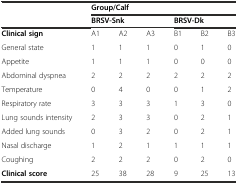
<table><thead><tr><td></td><td colspan="6"><b>Group/Calf</b></td></tr><tr><td></td><td colspan="3"><b>BRSV-Snk</b></td><td colspan="3"><b>BRSV-Dk</b></td></tr></thead><tbody><tr><td><b>Clinical sign</b></td><td>A1</td><td>A2</td><td>A3</td><td>B1</td><td>B2</td><td>B3</td></tr><tr><td>General state</td><td>1</td><td>1</td><td>1</td><td>0</td><td>1</td><td>0</td></tr><tr><td>Appetite</td><td>1</td><td>1</td><td>1</td><td>0</td><td>0</td><td>0</td></tr><tr><td>Abdominal dyspnea</td><td>2</td><td>2</td><td>2</td><td>2</td><td>2</td><td>2</td></tr><tr><td>Temperature</td><td>0</td><td>4</td><td>0</td><td>0</td><td>1</td><td>2</td></tr><tr><td>Respiratory rate</td><td>3</td><td>3</td><td>3</td><td>1</td><td>3</td><td>0</td></tr><tr><td>Lung sounds intensity</td><td>2</td><td>3</td><td>3</td><td>0</td><td>2</td><td>1</td></tr><tr><td>Added lung sounds</td><td>0</td><td>3</td><td>2</td><td>0</td><td>2</td><td>1</td></tr><tr><td>Nasal discharge</td><td>1</td><td>2</td><td>1</td><td>1</td><td>1</td><td>1</td></tr><tr><td>Coughing</td><td>2</td><td>2</td><td>2</td><td>0</td><td>2</td><td>0</td></tr><tr><td><b>Clinical score</b></td><td>25</td><td>38</td><td>28</td><td>9</td><td>25</td><td>13</td></tr></tbody></table>